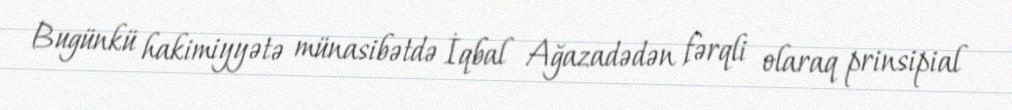
Bugünkü hakimiyyətə münasibətdə İqbal Ağazadədən fərqli olaraq prinsipial